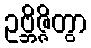
ဥဗ္ဘိဇ္ဇိတွာ